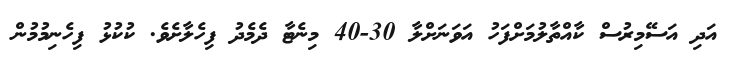
އަދި އަސޭމިރުސް ކާއްތާލުމަށްފަހު އަވަނަށްލާ 30-40 މިނެޓާ ދެމެދު ފިހެލާށެވެ. ކުކުޅު ފިހެނިމުމުން